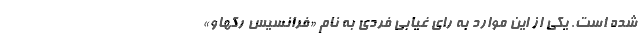
شده است. یکی از این موارد به رای غیابی فردی به نام «فرانسیس رکهاو»